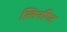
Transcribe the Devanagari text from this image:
त्लिनगिट